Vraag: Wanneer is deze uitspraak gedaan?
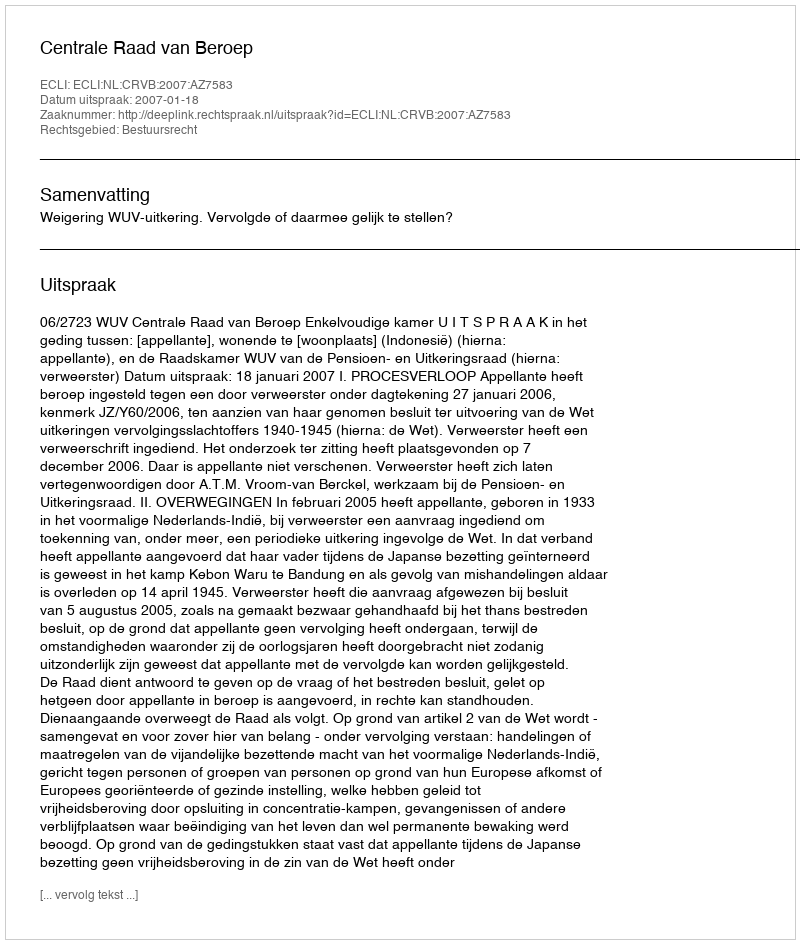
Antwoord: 2007-01-18